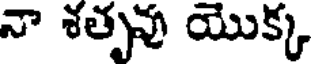
నా శతృవు యొక్క